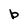
Character: b